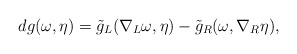
\begin{align*}d g(\omega, \eta) = \tilde{g}_L( \nabla_L\omega, \eta) - \tilde{g}_R(\omega,\nabla_R\eta), \end{align*}